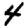
Digit: 4